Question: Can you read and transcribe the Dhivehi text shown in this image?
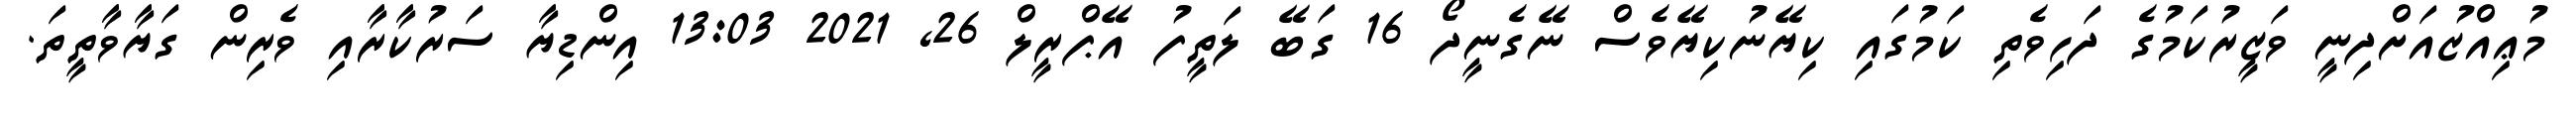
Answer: މުޢިއްޒުއަށްދިނީ ވަޒީރުކަމުގެ ދަހިވެތި ކަމުގައި ކިޔޭނުކިޔޭވެސް ނޭގެނީދޯ 16 ގަބޭ ލަތީފު އޭޕްރީލް 26, 2021 13:03 އިންޑިޔާ ސަރުކާރާއި ވެރިން ގަޔާވާތީތަ.